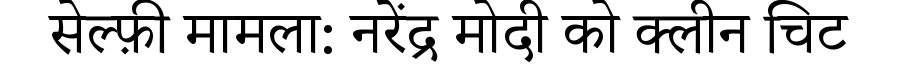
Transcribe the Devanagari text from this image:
सेल्फ़ी मामला: नरेंद्र मोदी को क्लीन चिट